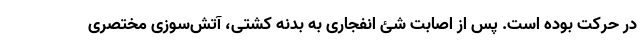
در حرکت بوده است. پس از اصابت شئ انفجاری به بدنه کشتی، آتش‌سوزی مختصری